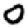
Digit: 0